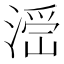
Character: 𣺧